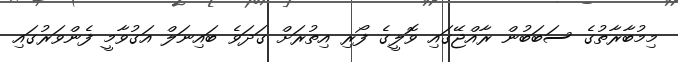
މިމުބާރާތުގެ ސަބަބުން ރާއްޖޭގައި ވޮލީގެ ފޯރި އިތުރަށް ގަދަވެ ބައިނަލް އަގުވާމީ ފެންވަރުގައި